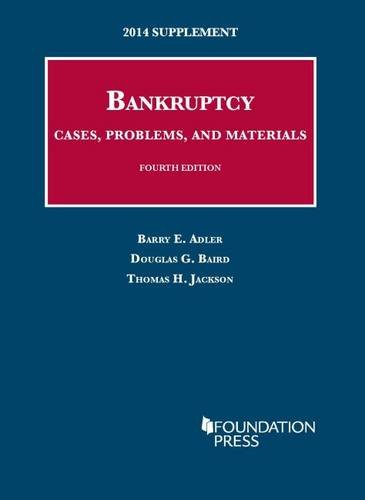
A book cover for Bankruptcy, Cases, Problems, and Materials, 4th, 2014 Supplement (University Casebook Series) (English and English Edition); Barry Adler; Law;